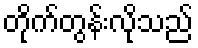
တိုက်တွန်းလိုသည်